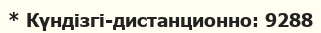
* Күндізгі-дистанционно: 9288